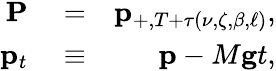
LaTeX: \begin{array}{rlr}{\mathbf{P}}&{{}=}&{\mathbf{p}_{+,T+\tau\left(\nu,\zeta,\beta,\ell\right)},}\\ {\mathbf{p}_{t}}&{{}\equiv}&{\mathbf{p}-M\mathbf{g}t,}\end{array}